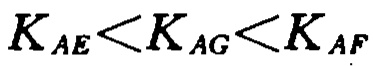
\(K_{AE}<K_{AG}<K_{AF}\)